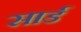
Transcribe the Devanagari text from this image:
सार्ड